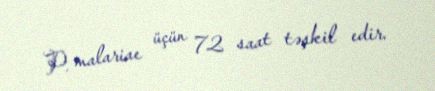
P. malariae üçün 72 saat təşkil edir.